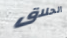
الحلاق